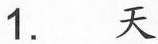
1.天